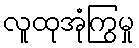
လူထုအုံကြွမှု